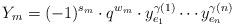
LaTeX: \begin{align*}Y_m = (-1)^{s_m} \cdot q^{w_m} \cdot y_{e_1}^{\gamma(1)}\cdots y_{e_n}^{\gamma(n)}\end{align*}